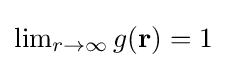
\textstyle \lim _{r\rightarrow \infty }g(\mathbf {r} )=1